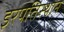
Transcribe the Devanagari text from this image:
इरपतिस्थान